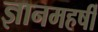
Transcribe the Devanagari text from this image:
ज्ञानमहर्षी